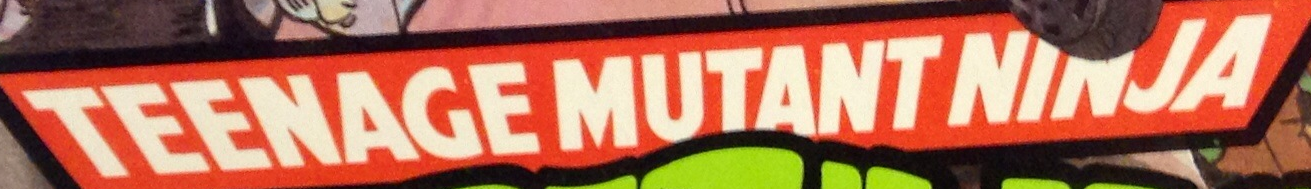
TEENAGEMUTANTNINJA